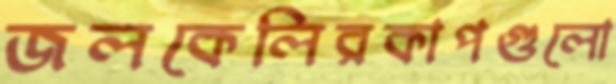
জলকেলিরকাপগুলো